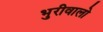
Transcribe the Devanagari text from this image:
भुरीवालो